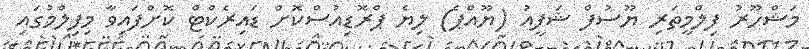
މަޝްހޫރު ފިލްމީތަރި ޔޫސުފް ޝަފީއު (ޔޫއްޕެ) ލިޔެ ޕްރޮޑިއުސްކޮށް ޑައިރެކްޓް ކޮށްފައިވާ މިފިލްމުގައި